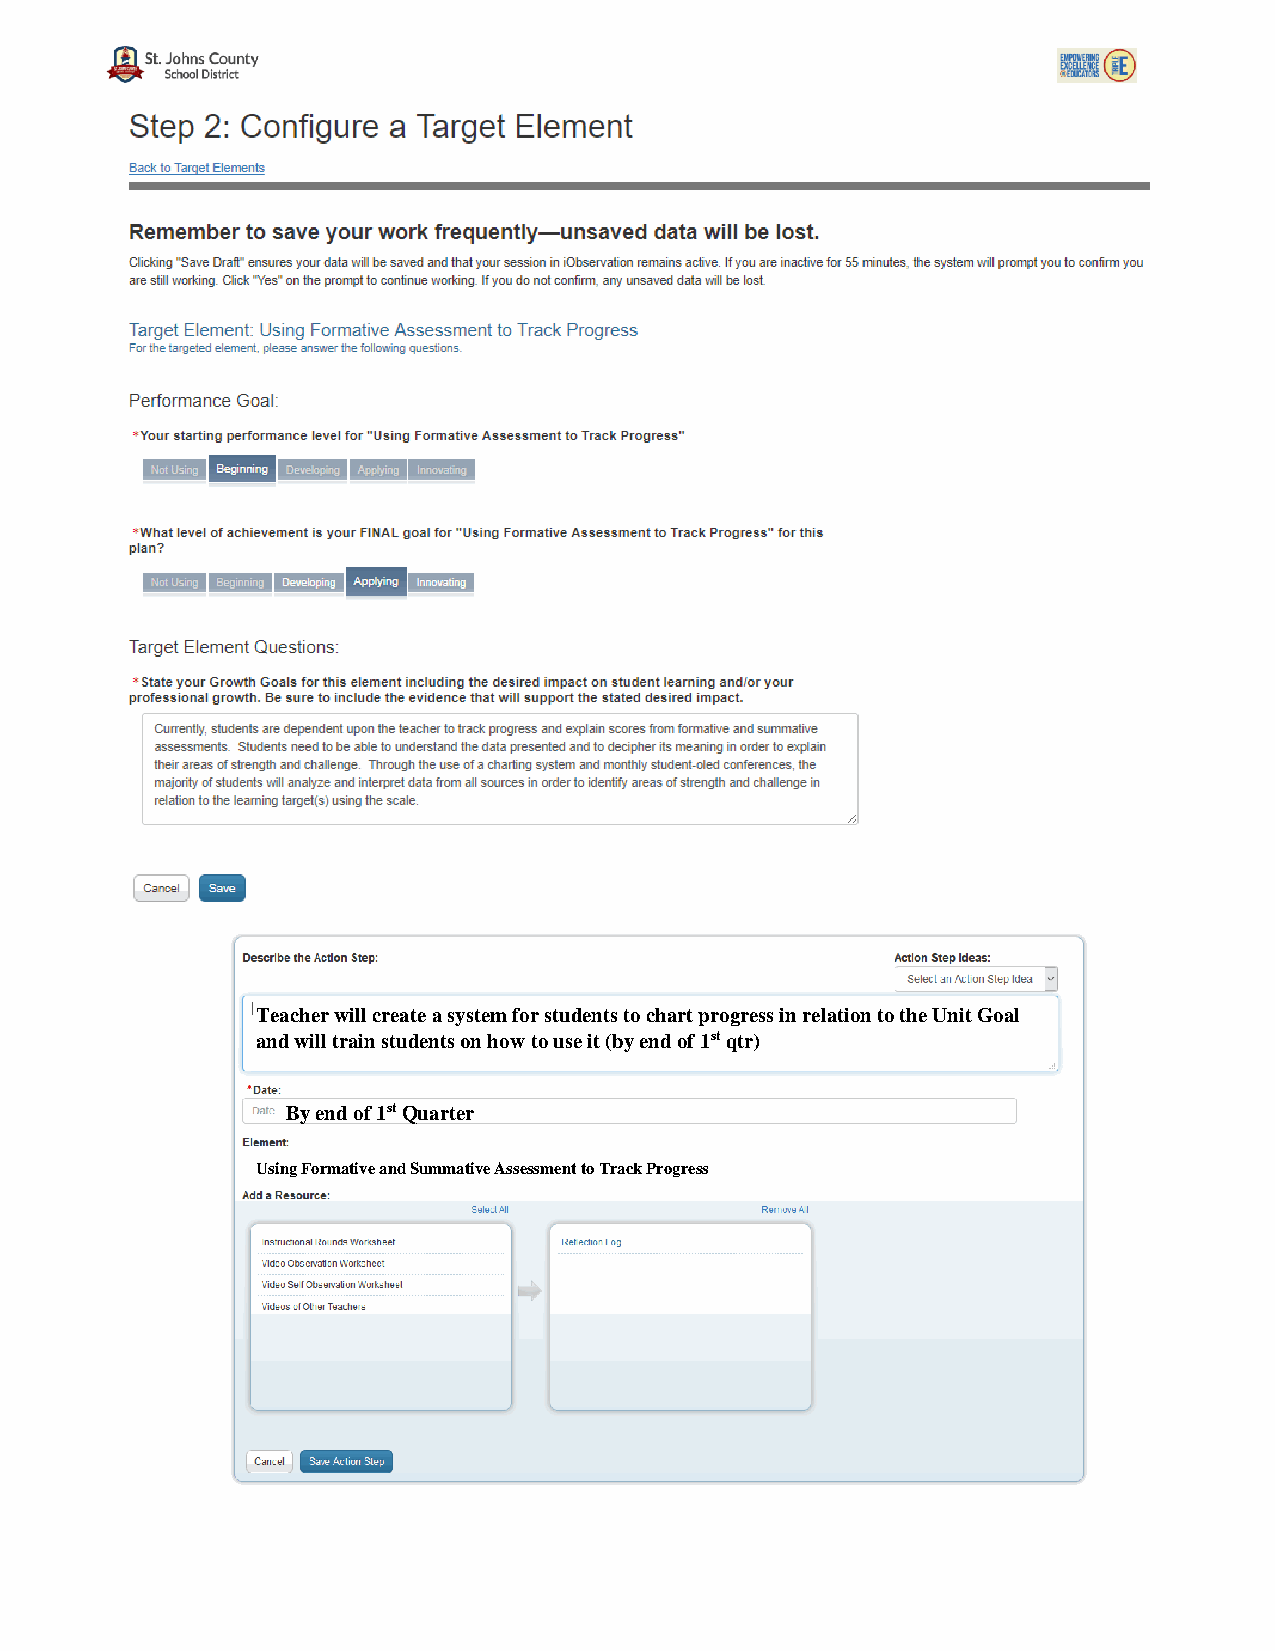
Teacher will create a system for students to chart progress in relation to the Unit Goal
 and will train students on how to use it (by end of 1st qtr)
 By end of 1st Quarter
 Using Formative and Summative Assessment to Track Progress